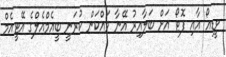
ވީޑިއޯ އާއި ފޮޓޯ އަށް ބަލާއިރު އޭނާ ވައްކަން ކުރަނީ ބީއެމްއެލްގެ އޭޓީއެމް